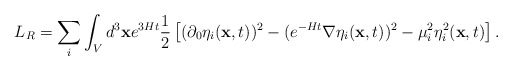
\begin{align*}L_R= \sum_i \int_V d^3{\bf x} e^{3Ht} \frac{1}{2}\left[ (\partial_0 \eta_i({\bf x},t))^2-(e^{-Ht}{\bf \nabla} \eta_i({\bf x},t))^2 - \mu_i^2 \eta_i^2({\bf x},t)\right].\end{align*}